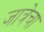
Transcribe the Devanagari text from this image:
जात्रेचा